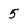
Character: 5